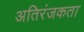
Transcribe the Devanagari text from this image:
अतिरंजकता